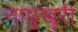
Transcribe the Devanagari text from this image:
नापुखुरी